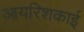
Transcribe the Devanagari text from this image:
आयरिशकाई